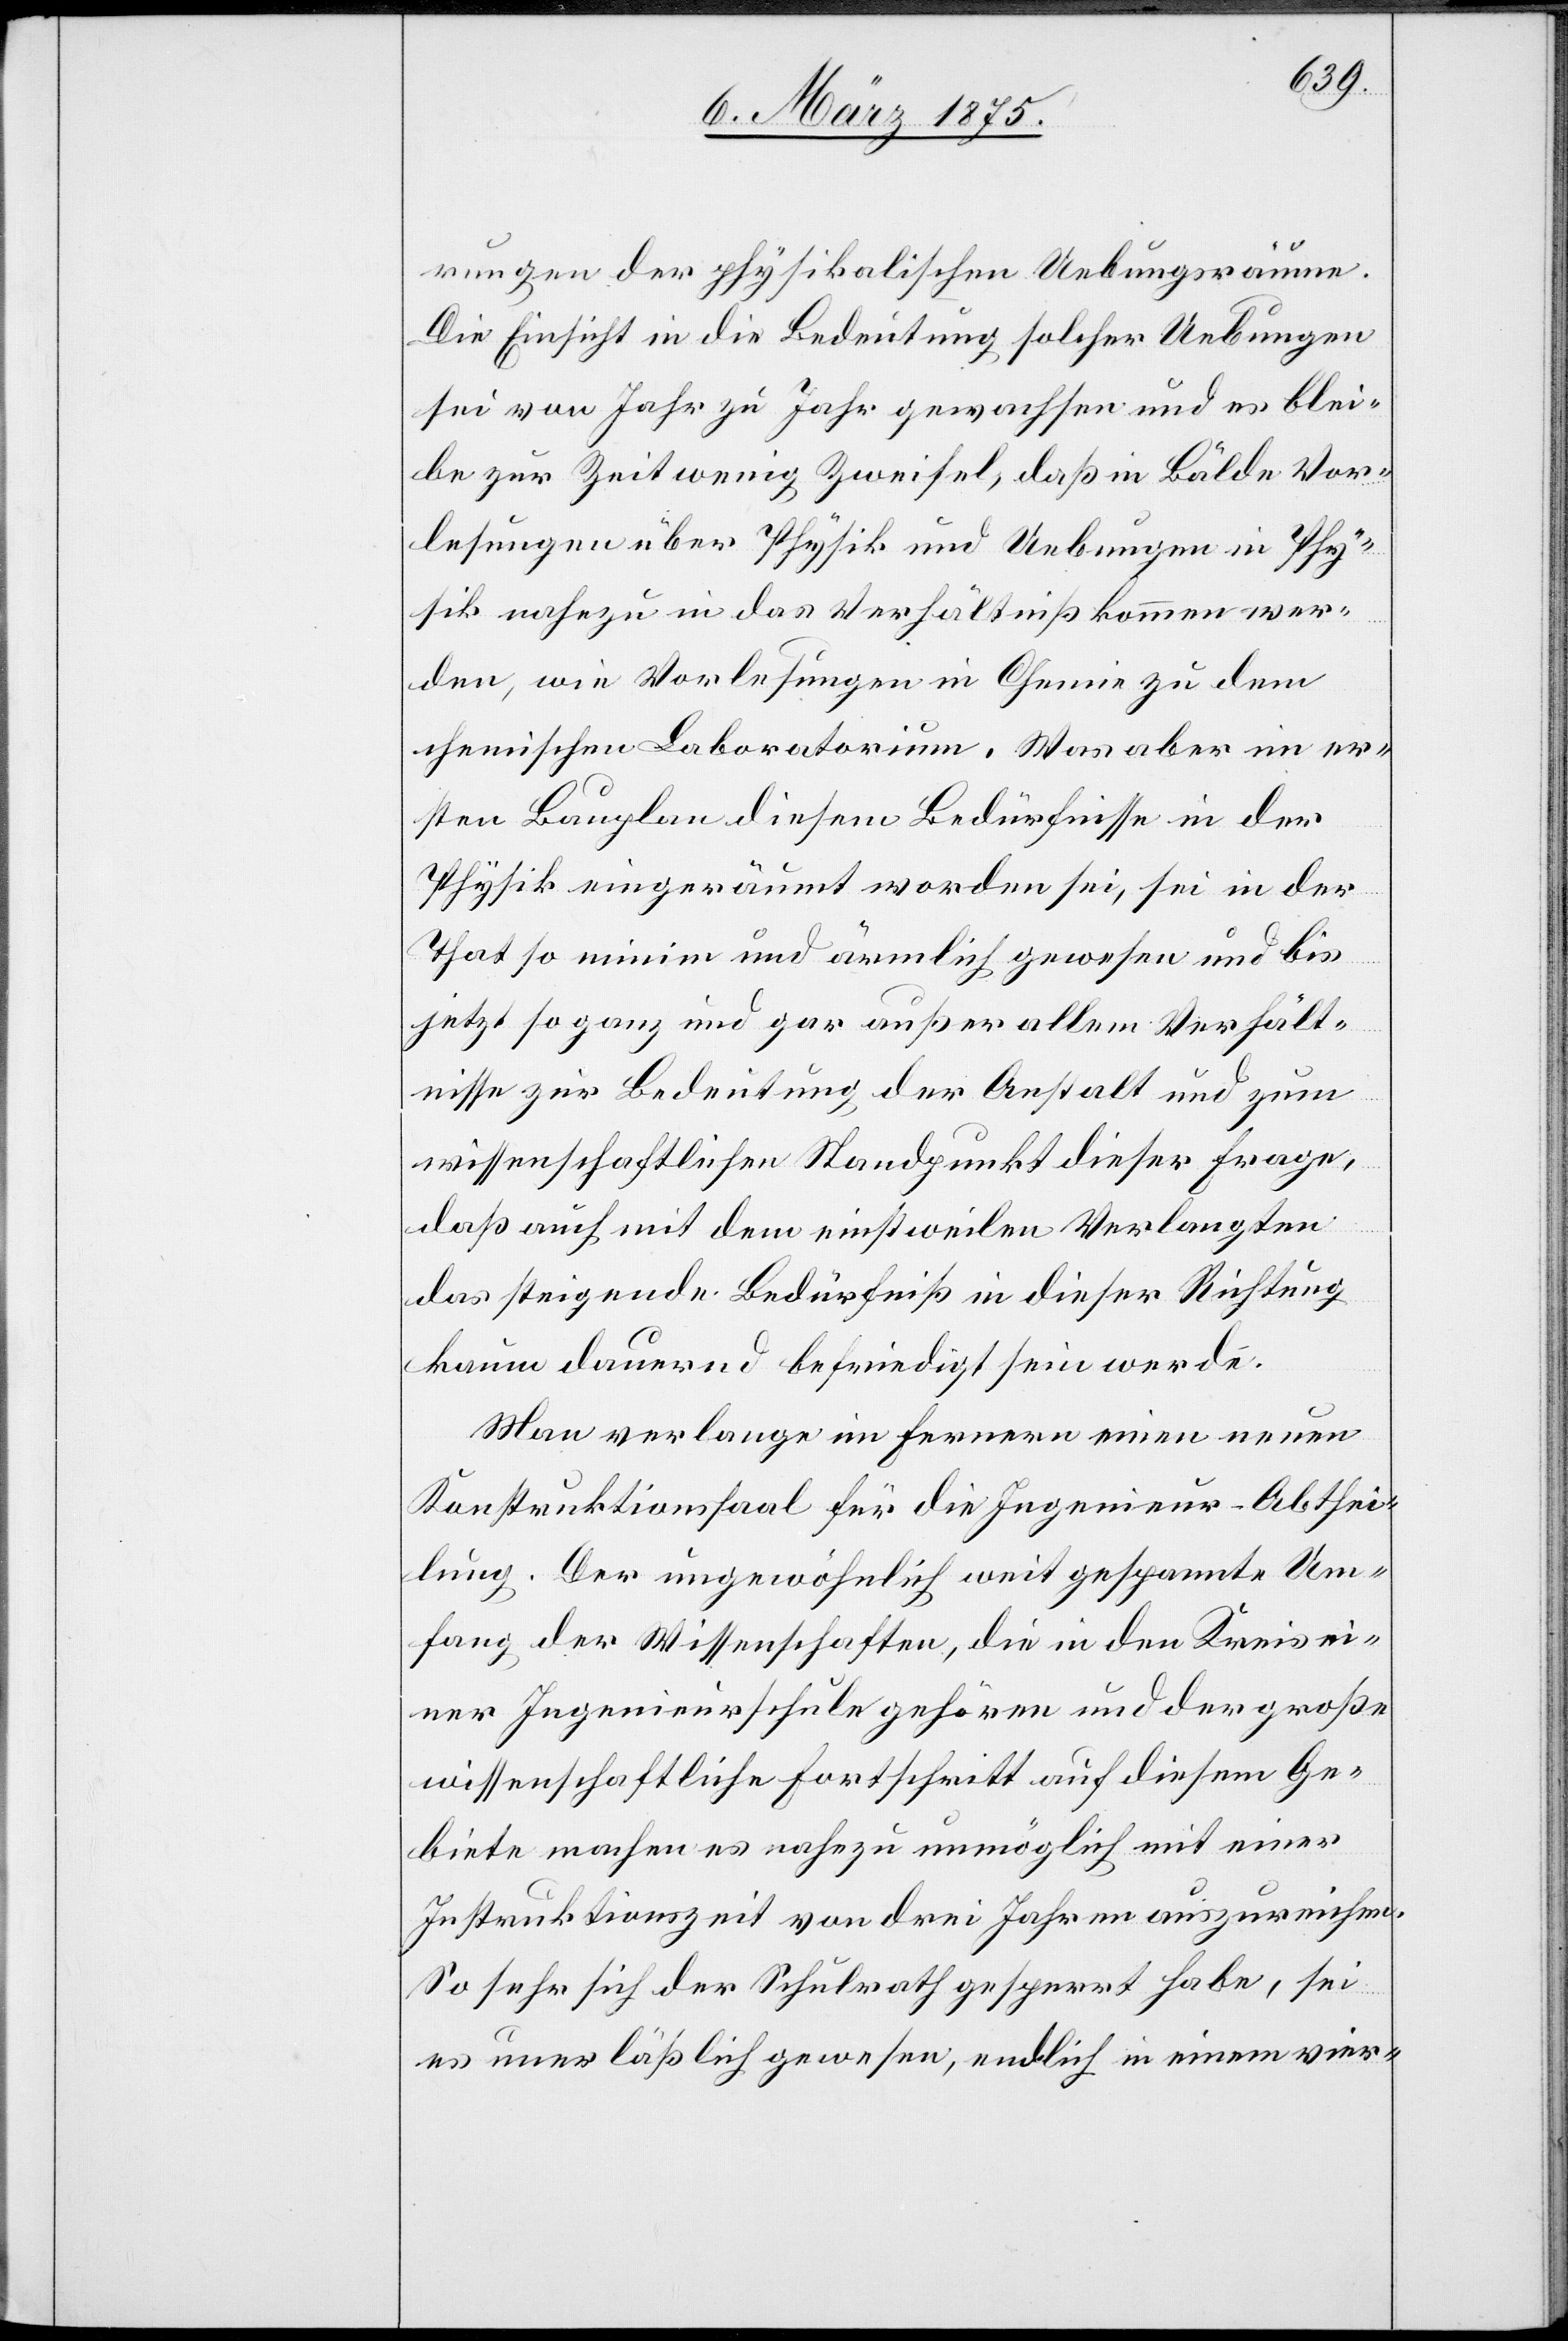
rungen der physikalischen Uebungsräume.
Die Einsicht in die Bedeutung solcher Uebungen
sei von Jahr zu Jahr gewachsen und es blei¬
be zur Zeit wenig Zweifel, daß in Bälde Vor¬
lesungen über Physik und Uebungen in Phy¬
sik nahezu in das Verhältniß kommen wer¬
den, wie Vorlesungen in Chemie zu dem
chemischen Laboratorium. Was aber im er¬
sten Bauplan diesem Bedürfnisse in der
Physik eingeräumt worden sei, sei in der
That so minim und ärmlich gewesen und bis
jetzt so ganz und gar außer allem Verhält¬
nisse zur Bedeutung der Anstalt und zum
wissenschaftlichen Standpunkt dieser Frage,
daß auch mit dem einstweilen Verlangten
das steigende Bedürfniß in dieser Richtung
kaum dauernd befriedigt sein werde.
Man verlange im Fernern einen neuen
Konstruktionssaal für die Ingenieur-Abthei¬
lung. Der ungewöhnlich weit gespannte Um¬
fang der Wissenschaften, die in den Kreis ei¬
ner Ingenieursschule gehören und der große
wissenschaftliche Fortschritt auf diesem Ge¬
biete machen es nahezu unmöglich mit einer
Instruktionszeit von drei Jahren auszureichen.
So sehr sich der Schulrath gesperrt habe, sei
es unerläßlich gewesen, endlich in einem vier-